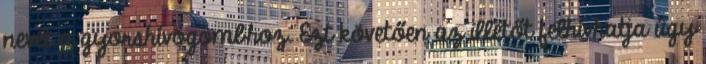
nevet a gyorshívógombhoz. Ezt követően az illetőt felhívhatja úgy